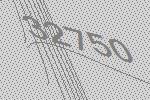
32750